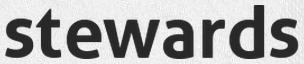
stewards